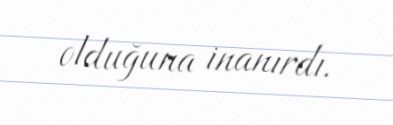
olduğuna inanırdı.